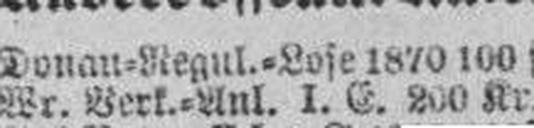
Wr. Verk.=Anl. I. E. 200 Kr., 4%